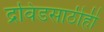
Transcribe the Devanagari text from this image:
द्रविडसाठीही